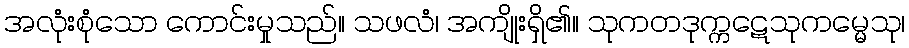
အလုံးစုံသော ကောင်းမှုသည်။ သဖလံ၊ အကျိုးရှိ၏။ သုကတဒုက္ကဋေသုကမ္မေသု၊